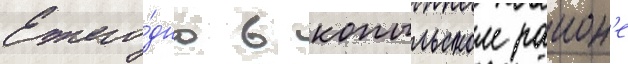
Ежего́дно в копыльском раион'е